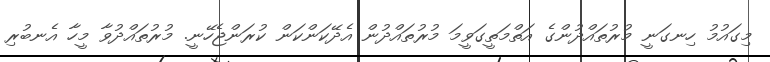
މިގައުމު ހިނގަނީ މުރުތައްދުންގެ އަތްމަތީގަވީމަ މުރުތައްދުން އެދޭކަންކަން ކުރަންޖެހޭނީ. މުރުތައްދުވާ މީހާ އެނބުރި